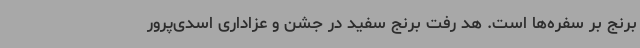
برنج بر سفره‌ها است. هد رفت برنج سفید در جشن و عزاداری اسدی‌پرور